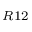
_ { R 1 2 }